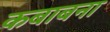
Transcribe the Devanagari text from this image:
कबाबना